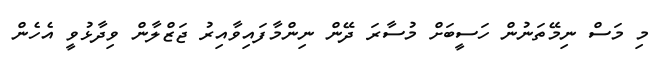
މި މަސް ނިމޭތަނުން ހަސީބަށް މުސާރަ ދޭން ނިންމާފައިވާއިރު ޖަޒްލާން ވިދާޅުވީ އެހެން